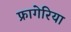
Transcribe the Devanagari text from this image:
फ्रागेरिया